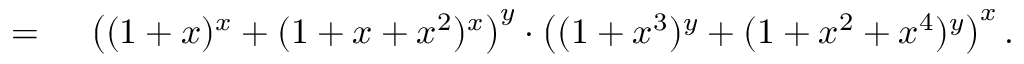
\begin{array} { r l } { = { } } & { { } \left( ( 1 + x ) ^ { x } + ( 1 + x + x ^ { 2 } ) ^ { x } \right) ^ { y } \cdot \left( ( 1 + x ^ { 3 } ) ^ { y } + ( 1 + x ^ { 2 } + x ^ { 4 } ) ^ { y } \right) ^ { x } . } \end{array}